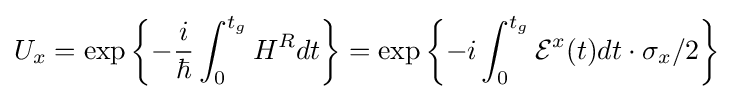
U_{x}=\exp \left\{-{\frac {i}{\hbar }}\int _{0}^{t_{g}}H^{R}dt\right\}=\exp \left\{-i\int _{0}^{t_{g}}{\mathcal {E}}^{x}(t)dt\cdot \sigma _{x}/2\right\}